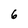
Character: 6